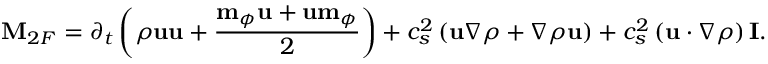
\mathbf { M } _ { 2 F } = \partial _ { t } \left( \rho \mathbf { u } \mathbf { u } + \frac { \mathbf { m } _ { \phi } \mathbf { u } + \mathbf { u } \mathbf { m } _ { \phi } } { 2 } \right) + c _ { s } ^ { 2 } \left( \mathbf { u } \nabla \rho + \nabla \rho \mathbf { u } \right) + c _ { s } ^ { 2 } \left( \mathbf { u } \cdot \nabla \rho \right) \mathbf { I } .